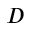
D